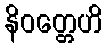
နိဝတ္တေဟိ